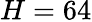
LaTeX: H=64